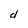
Character: d